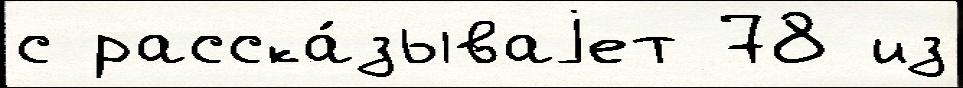
с расска́зываjет 78 из